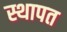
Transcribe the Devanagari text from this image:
स्थापत